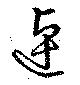
逴